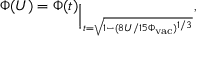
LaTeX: \Phi ( U ) = \Phi ( t ) _ { \Big | _ { t = \sqrt { 1 - ( 8 U / 1 5 \Phi _ { \mathrm { v a c } } ) ^ { 1 / 3 } } } } ,